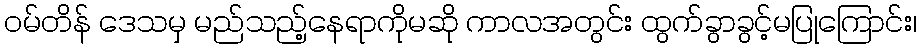
ဝမ်တိန် ဒေသမှ မည်သည့်နေရာကိုမဆို ကာလအတွင်း ထွက်ခွာခွင့်မပြုကြောင်း၊